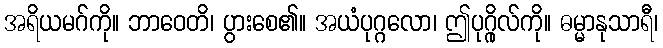
အရိယမဂ်ကို။ ဘာဝေတိ၊ ပွားစေ၏။ အယံပုဂ္ဂလော၊ ဤပုဂ္ဂိုလ်ကို။ ဓမ္မာနုသာရီ၊